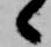
候